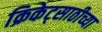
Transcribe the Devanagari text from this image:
क्रिकेट्साठीच्या